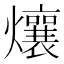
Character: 爙